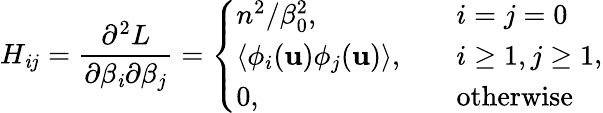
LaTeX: H_{\mathit{i}j}=\frac{{\partial^{2}L}}{{\partial\beta_{\mathit{i}}\partial\beta_{j}}}=\left\{ \begin{array}{ll}{n^{2}/\beta_{0}^{2},\quad}&{i=j=0}\\ {\left<\phi_{i}(\mathbf{u})\phi_{j}(\mathbf{u})\right>,\quad}&{i\ge 1,j\ge 1}\\ {0,\quad}&{\mathrm{otherwise}}\end{array}\right.,